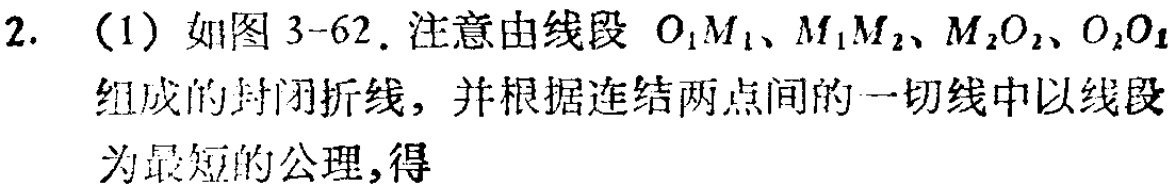
2. （1）如图3-62. 注意由线段 \(O_{1}M_{1}、M_{1}M_{2}、M_{2}O_{2}、O_{2}O_{1}\) 组成的封闭折线，并根据连结两点间的一切线中以线段为最短的公理，得